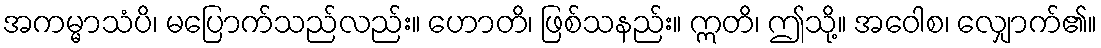
အကမ္မာသံပိ၊ မပြောက်သည်လည်း။ ဟောတိ၊ ဖြစ်သနည်း။ ဣတိ၊ ဤသို့။ အဝေါစ၊ လျှောက်၏။